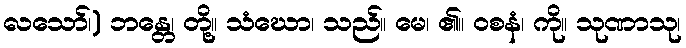
လသော်၊) ဘန္တေ၊ တို့။ သံဃော၊ သည်။ မေ၊ ၏။ ဝစနံ၊ ကို။ သုဏာသု၊